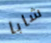
شابا